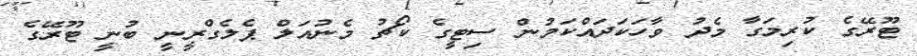
ޓޫރޭގެ ކުރިމަގާ މެދު ވާހަކަދައްކަމުން ސިޓީގެ ކޯޗު މެނުއަލް ޕެލެގްރީނީ ބުނީ ޓޫރޭގެ